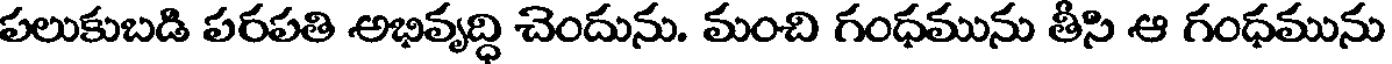
పలుకుబడి పరపతి అభివృద్ధి చెందును. మంచి గంధమును తీసి ఆ గంధమును